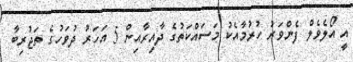
އީ އޯލެވެލް ފެންވަރު ހުރުމާއެކު މަސައްކަތުގެ ދާއިރާއިން 5 އަހަރު ދުވަހުގެ ތަޖުރިބާ